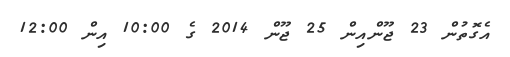
އެގޮތުން 23 ޖޫންއިން 25 ޖޫން 2014 ގެ 10:00 އިން 12:00